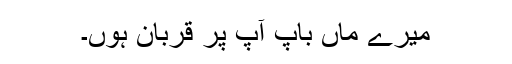
میرے ماں باپ آپ پر قربان ہوں۔